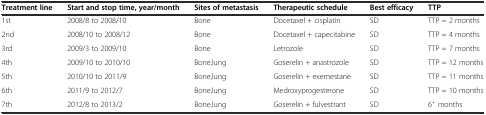
<table><thead><tr><td><b>Treatment line</b></td><td><b>Start and stop time, year/month</b></td><td><b>Sites of metastasis</b></td><td><b>Therapeutic schedule</b></td><td><b>Best efficacy</b></td><td><b>TTP</b></td></tr></thead><tbody><tr><td>1st</td><td>2008/8 to 2008/10</td><td>Bone</td><td>Docetaxel + cisplatin</td><td>SD</td><td>TTP = 2 months</td></tr><tr><td>2nd</td><td>2008/10 to 2008/12</td><td>Bone</td><td>Docetaxel + capecitabine</td><td>SD</td><td>TTP = 4 months</td></tr><tr><td>3rd</td><td>2009/3 to 2009/10</td><td>Bone</td><td>Letrozole</td><td>SD</td><td>TTP = 7 months</td></tr><tr><td>4th</td><td>2009/10 to 2010/10</td><td>Bone,lung</td><td>Goserelin + anastrozole</td><td>SD</td><td>TTP = 12 months</td></tr><tr><td>5th</td><td>2010/10 to 2011/9</td><td>Bone,lung</td><td>Goserelin + exemestane</td><td>SD</td><td>TTP = 11 months</td></tr><tr><td>6th</td><td>2011/9 to 2012/7</td><td>Bone,lung</td><td>Medroxyprogesterone</td><td>SD</td><td>TTP = 10 months</td></tr><tr><td>7th</td><td>2012/8 to 2013/2</td><td>Bone,lung</td><td>Goserelin + fulvestrant</td><td>SD</td><td>6<sup>+</sup> months</td></tr></tbody></table>